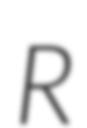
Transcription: R